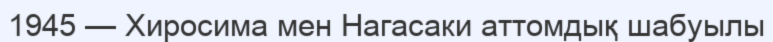
1945 — Хиросима мен Нагасаки аттомдық шабуылы